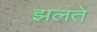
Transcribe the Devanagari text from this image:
झलते